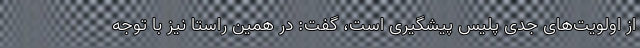
از اولویت‌های جدی پلیس پیشگیری است، گفت: در همین راستا نیز با توجه